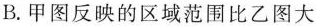
B.甲图反映的区域范围比乙图大